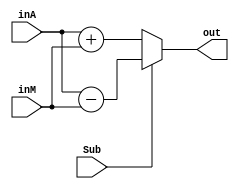
module SubOrAdd(
  input      [7:0]inA,inM,
  input      Sub,
  output reg [7:0]out
  );

  always@(Sub)
   begin
    if(Sub)
      out=inA-inM;
    else
      out=inA+inM;
   end

  endmodule